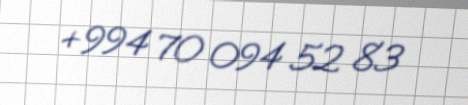
+994 70 094 52 83